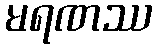
မရဏဿ